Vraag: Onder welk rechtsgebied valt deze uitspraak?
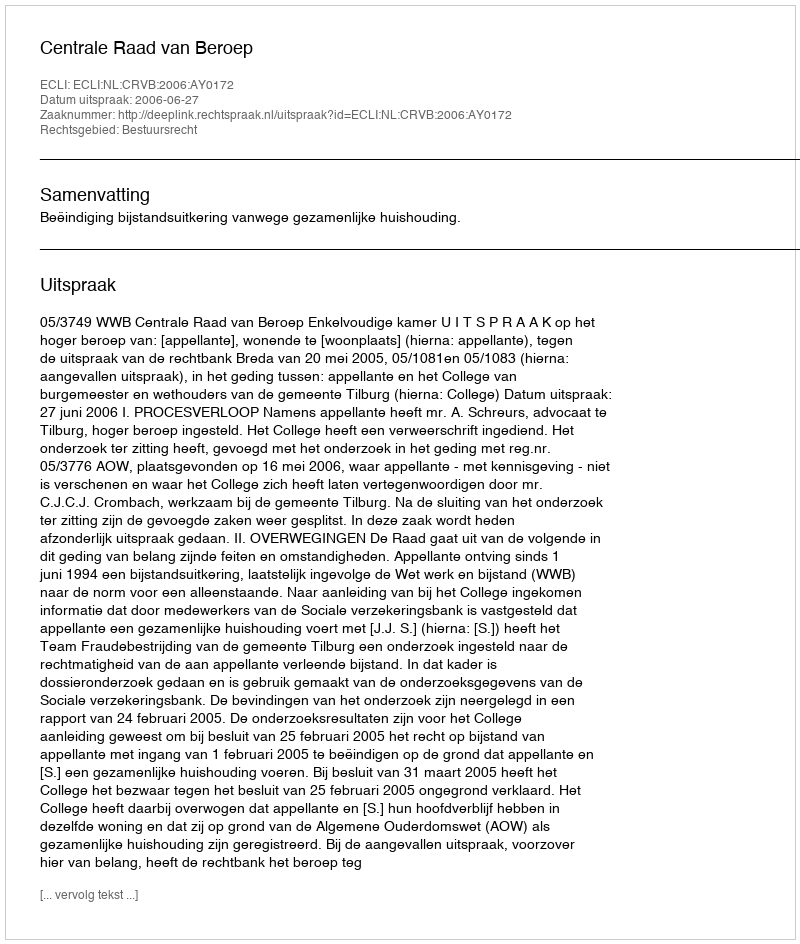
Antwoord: Bestuursrecht